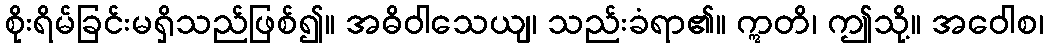
စိုးရိမ်ခြင်းမရှိသည်ဖြစ်၍။ အဓိဝါသေယျ၊ သည်းခံရာ၏။ ဣတိ၊ ဤသို့။ အဝေါစ၊